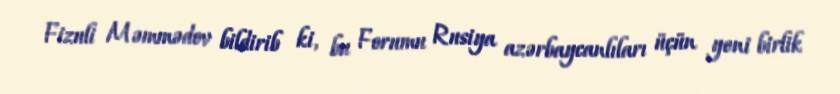
Fizuli Məmmədov bildirib ki, bu Forumu Rusiya azərbaycanlıları üçün yeni birlik